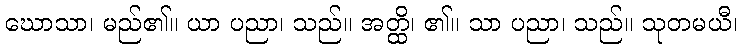
ဃောသာ၊ မည်၏။ ယာ ပညာ၊ သည်။ အတ္ထိ၊ ၏။ သာ ပညာ၊ သည်။ သုတမယီ၊